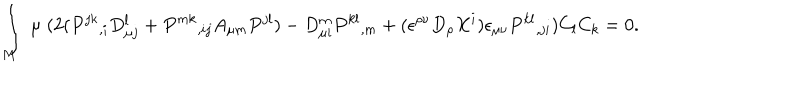
\int _ { M } \; \mu \; ( 2 ( P ^ { j k } { } _ { , i } D _ { \mu j } ^ { l } + P ^ { m k } { } _ { , i j } A _ { \mu m } P ^ { j l } ) - D _ { \mu i } ^ { m } P ^ { k l } { } _ { , m } + ( \epsilon ^ { \rho \nu } D _ { \rho } X ^ { i } ) \epsilon _ { \mu \nu } P ^ { k l } { } _ { , j i } ) C _ { l } C _ { k } = 0 .